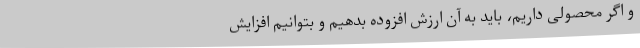
و اگر محصولی داریم، باید به آن ارزش ‌افزوده بدهیم و بتوانیم افزایش